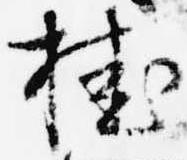
桂